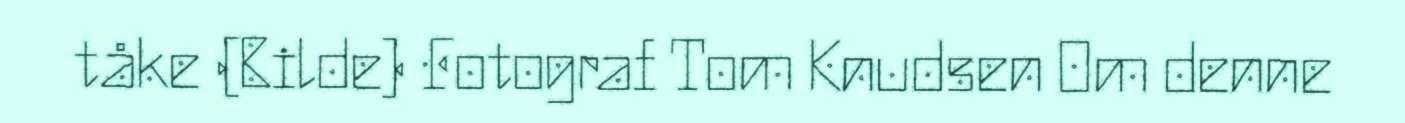
tåke (Bilde) Fotograf Tom Knudsen Om denne